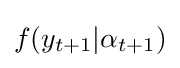
f(y_{t+1}|\alpha _{t+1})